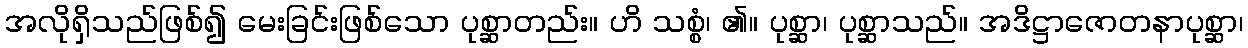
အလိုရှိသည်ဖြစ်၍ မေးခြင်းဖြစ်သော ပုစ္ဆာတည်း။ ဟိ သစ္စံ၊ ၏။ ပုစ္ဆာ၊ ပုစ္ဆာသည်။ အဒိဋ္ဌာဇောတနာပုစ္ဆာ၊